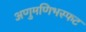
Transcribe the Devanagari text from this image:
अणुमणिभस्फट